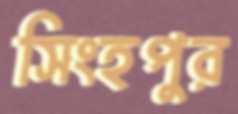
সিংহপুর